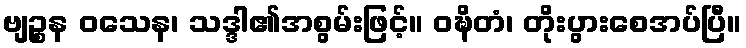
ဗျဉ္စန ဝသေန၊ သဒ္ဒါ၏အစွမ်းဖြင့်။ ဝဍ္ဎိတံ၊ တိုးပွားစေအပ်ပြီ။